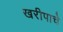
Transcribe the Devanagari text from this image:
खरीपाचे